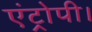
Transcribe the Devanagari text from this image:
एंट्रोपी।